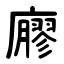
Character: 廫